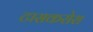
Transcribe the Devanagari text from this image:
टासकरोरा